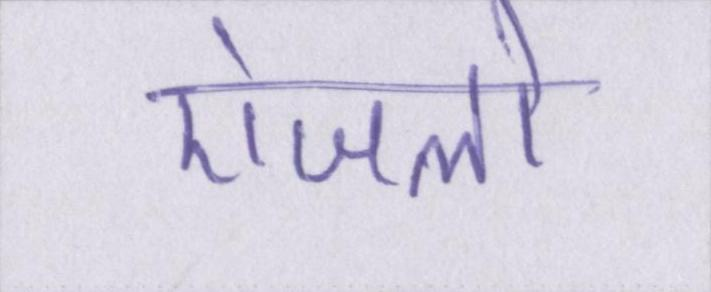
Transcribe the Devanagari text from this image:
एंजलो